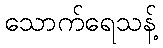
သောက်ရေသန့်